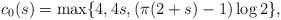
LaTeX: \begin{align*} c_0(s) = \max \{ 4, 4s, (\pi(2+s)-1)\log 2 \},\end{align*}